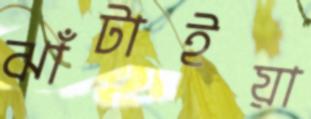
ঝাঁটাইয়া